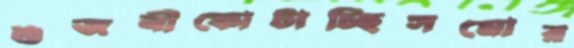
শুজনীফোটাচ্ছিসমোর